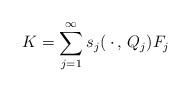
LaTeX: \begin{align*}K=\sum_{j=1}^{\infty}s_j(\:\cdot\,, \,Q_j)F_j \end{align*}